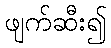
ဖျက်ဆီး၍